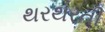
થરથરતી